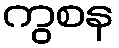
ကွစန